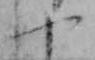
や